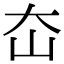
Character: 㞭